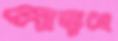
পাড়ছে